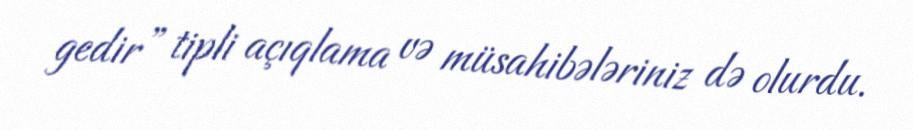
gedir” tipli açıqlama və müsahibələriniz də olurdu.